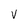
Character: V